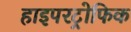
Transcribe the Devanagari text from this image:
हाइपरट्रोफिक